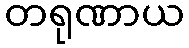
တရုဏာယ